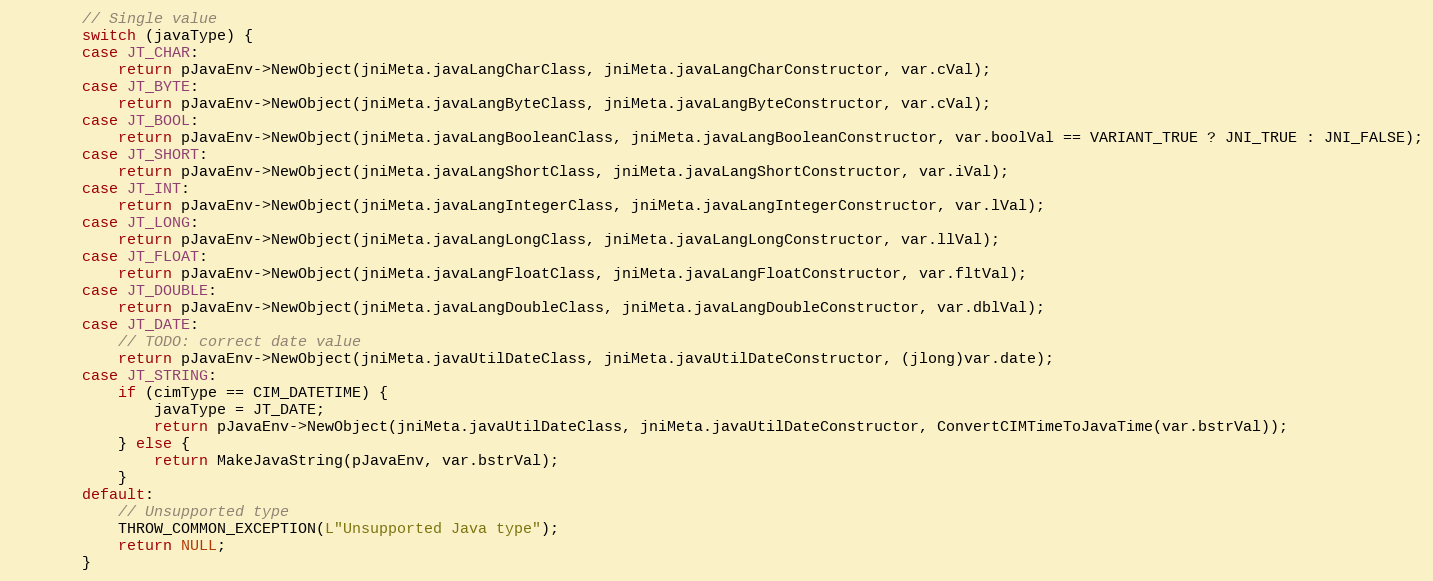
Language: C++
		// Single value
		switch (javaType) {
		case JT_CHAR:
			return pJavaEnv->NewObject(jniMeta.javaLangCharClass, jniMeta.javaLangCharConstructor, var.cVal);
		case JT_BYTE:
			return pJavaEnv->NewObject(jniMeta.javaLangByteClass, jniMeta.javaLangByteConstructor, var.cVal);
		case JT_BOOL:
			return pJavaEnv->NewObject(jniMeta.javaLangBooleanClass, jniMeta.javaLangBooleanConstructor, var.boolVal == VARIANT_TRUE ? JNI_TRUE : JNI_FALSE);
		case JT_SHORT:
			return pJavaEnv->NewObject(jniMeta.javaLangShortClass, jniMeta.javaLangShortConstructor, var.iVal);
		case JT_INT:
			return pJavaEnv->NewObject(jniMeta.javaLangIntegerClass, jniMeta.javaLangIntegerConstructor, var.lVal);
		case JT_LONG:
			return pJavaEnv->NewObject(jniMeta.javaLangLongClass, jniMeta.javaLangLongConstructor, var.llVal);
		case JT_FLOAT:
			return pJavaEnv->NewObject(jniMeta.javaLangFloatClass, jniMeta.javaLangFloatConstructor, var.fltVal);
		case JT_DOUBLE:
			return pJavaEnv->NewObject(jniMeta.javaLangDoubleClass, jniMeta.javaLangDoubleConstructor, var.dblVal);
		case JT_DATE:
			// TODO: correct date value
			return pJavaEnv->NewObject(jniMeta.javaUtilDateClass, jniMeta.javaUtilDateConstructor, (jlong)var.date);
		case JT_STRING:
			if (cimType == CIM_DATETIME) {
				javaType = JT_DATE;
				return pJavaEnv->NewObject(jniMeta.javaUtilDateClass, jniMeta.javaUtilDateConstructor, ConvertCIMTimeToJavaTime(var.bstrVal));
			} else {
				return MakeJavaString(pJavaEnv, var.bstrVal);
			}
		default:
			// Unsupported type
			THROW_COMMON_EXCEPTION(L"Unsupported Java type");
			return NULL;
		}